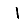
Digit: 1